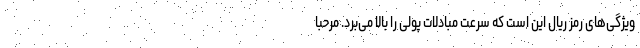
ویژگی‌های رمز ریال این است که سرعت مبادلات پولی را بالا می‌برد. مرحبا